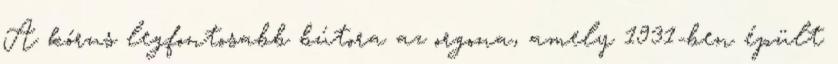
A kórus legfontosabb bútora az orgona, amely 1931-ben épült